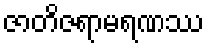
ဇာတိဇရာမရဏဿ